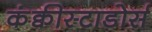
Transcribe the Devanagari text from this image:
कंक्वीस्टाडोर्स